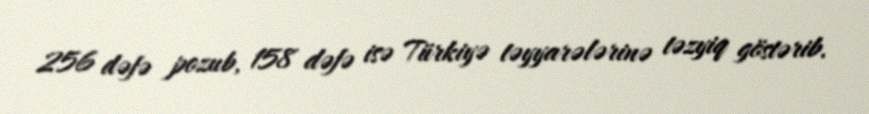
256 dəfə pozub, 158 dəfə isə Türkiyə təyyarələrinə təzyiq göstərib.